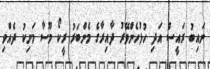
ނައިބު ރައީސް އަދި ހުޅުހެންވޭރު ދާއިރާގެ މެންބަރު ރީކޯ މޫސާ މަނިކު ދެއްވި